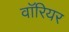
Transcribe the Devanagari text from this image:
वाॅरियर